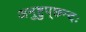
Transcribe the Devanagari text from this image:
अनुष्टुप्‌छन्दः